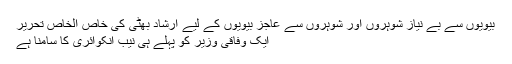
بیویوں سے بے نیاز شوہروں اور شوہروں سے عاجز بیویوں کے لیے ارشاد بھٹی کی خاص الخاص تحریر
ایک وفاقی وزیر کو پہلے ہی نیب انکوائری کا سامنا ہے